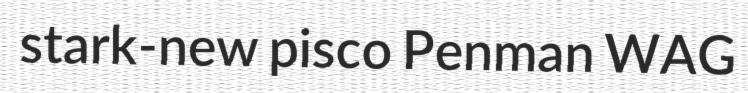
stark-new pisco Penman WAG